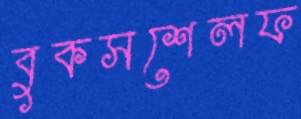
বুকসশেলফ